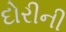
દોરીની